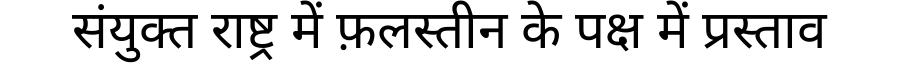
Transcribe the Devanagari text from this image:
संयुक्त राष्ट्र में फ़लस्तीन के पक्ष में प्रस्ताव